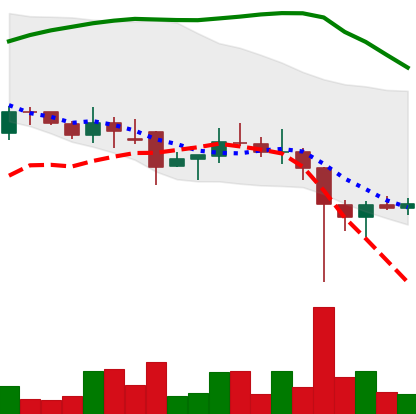
Ticker: DOGE-USD
Chart end date: 2021-12-08
Forward return: -12.049%
Label: down_7plus